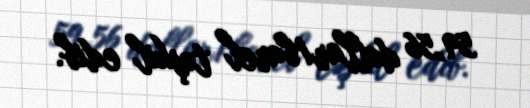
59,56 dollar/barel təşkil edib.